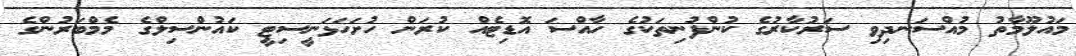
މައުލޫމާތު މުއްސަނދިވި ސަރުކާރުގެ ކުންފުނިތަކުގެ ހާއްސަ އޮޑިޓެއް ކުރަން ހުށަހަޅަނީސިޓީ ކައުންސިލްގެ މެމްބަރުންގެ